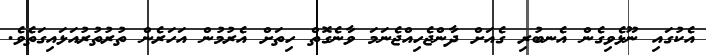
އެކުގައި ނޫޅެވިގެން އެނބުރި ގެއަށް ދާންޖެހިއްޖެނަމަ ވާނެގޮތް ހިތަށް އެރުމުން އަހަރެން ތުރުތުރުއަޅައިގަތެވެ.